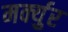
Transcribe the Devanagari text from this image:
मर्क्युर